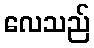
လေသည်